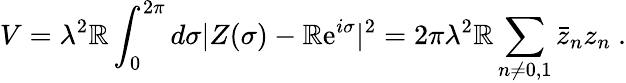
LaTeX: V=\lambda^{2}\mathbb{R}\int_{0}^{2\pi}d\sigma|Z(\sigma)-\mathbb{R}\mathrm{{e}}^{i\sigma}|^{2}=2\pi\lambda^{2}\mathbb{R}\sum_{n\neq0,1}\bar{{z}}_{n}z_{n}\ .